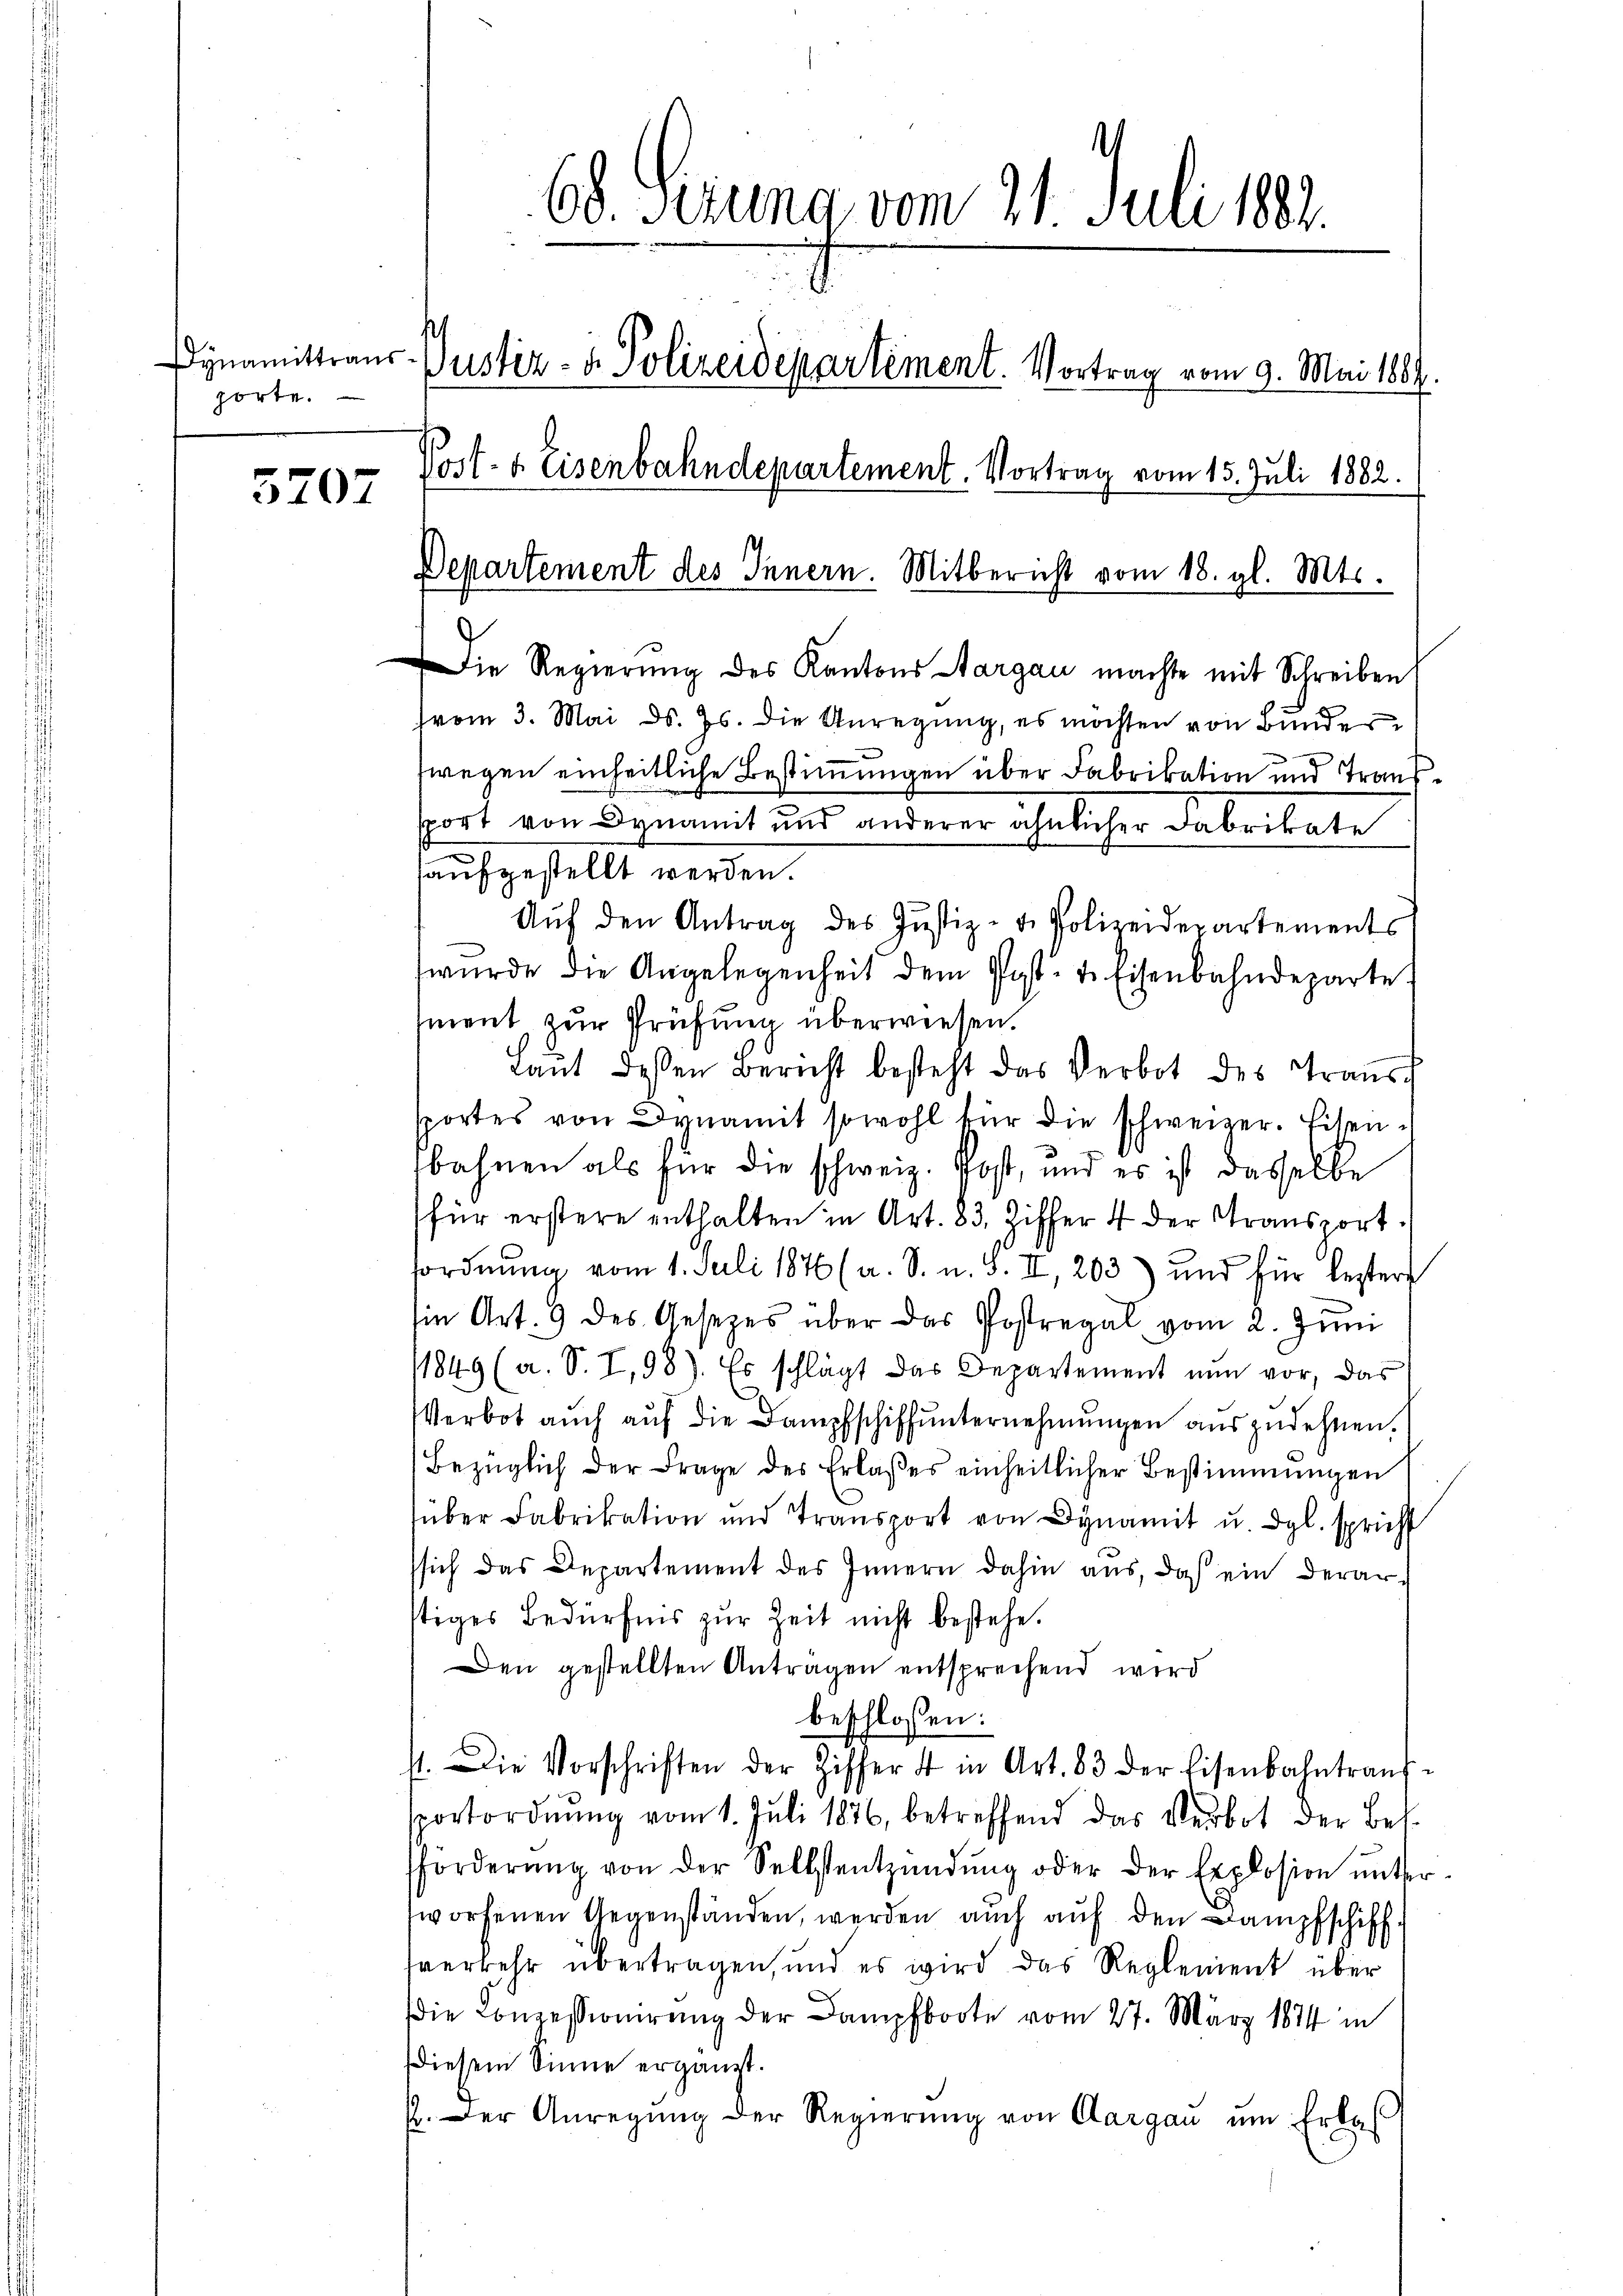
Dynamittrans
pörte.

5707

68. Gezung vom 21. Juli 1883.
Justiz- & Polizeidepartement. Vortrag vom 9. Mai 1889.
Post- & Eisenbahndepartement. Vortrag vom 15. Juli 1882.
Departement des Innern. Mitbericht vom 18. gl. Mts.
Die Regierŭng des Kantons Aargau machte mit Schreiben

(vom 3. Mai d. Js. die Unregung, es möchten von Bunderwegen einheitliche Bestimmungen über Fabrikation und Transport von Dynamit und anderer ähnlicher Fabrikate
aufgestellt werden.
Aŭf den Antrag des Justiz- & Polizeiderartements
wurde die Angelegenheit dem Post- u. Eisenbahndeparte
ment zur Prüfung überwiesen.
Laŭt dessen Bericht besteht das Verbot des Traŭs
sportes von Ornamit sowohl für die schweizer. Eisen-
sbahnen als für die schweiz. Post, und es ist dasselbe
für erstere enthalten in Art. 83. Ziffer 4 der Transport
ordnung vom 1. Juli 1876 (a. S. u. S. II, 203) und für leztere
sin Art. 9 des Gesetzes über das Postregal vom 2. Juni
11849 (a. S. I, 98). Es schlägt das Departement nun vor, das
Verbot auch auf die Dampfschiffunternehmungen auszudehnen.
Bezüglich der Frage des Erlaßes einheitlicher Bestimmungen
über Fabrikation und Transport von Dynamit u. dgl. spricht
ssich das Departement des Innern dahin aus, das ein derar-
stiges Bedürfnis zur Zeit nicht bestehe.
Den gestellten Antragen entsprechend wird
beschlossen:
st. Die Vorschriften der Ziffer 4 in Art. 83 der Eisenbahntraŭf-
sportordnung vom 1. Juli 1876, betreffend das Verbot der Bes
förderŭng von der Selbstentzündŭng oder der Explosion ŭnter-
worfenen Gegenständen, werden auch aŭf den Dampfschiff
tverkehr übertragen, und es wird das Reglement über
die Conzessionirung der Dampfboote vom 27. März 1874 in
diesem Sinne ergänzt.
/. der Anregŭng der Regierŭng von Aargau um Erlas